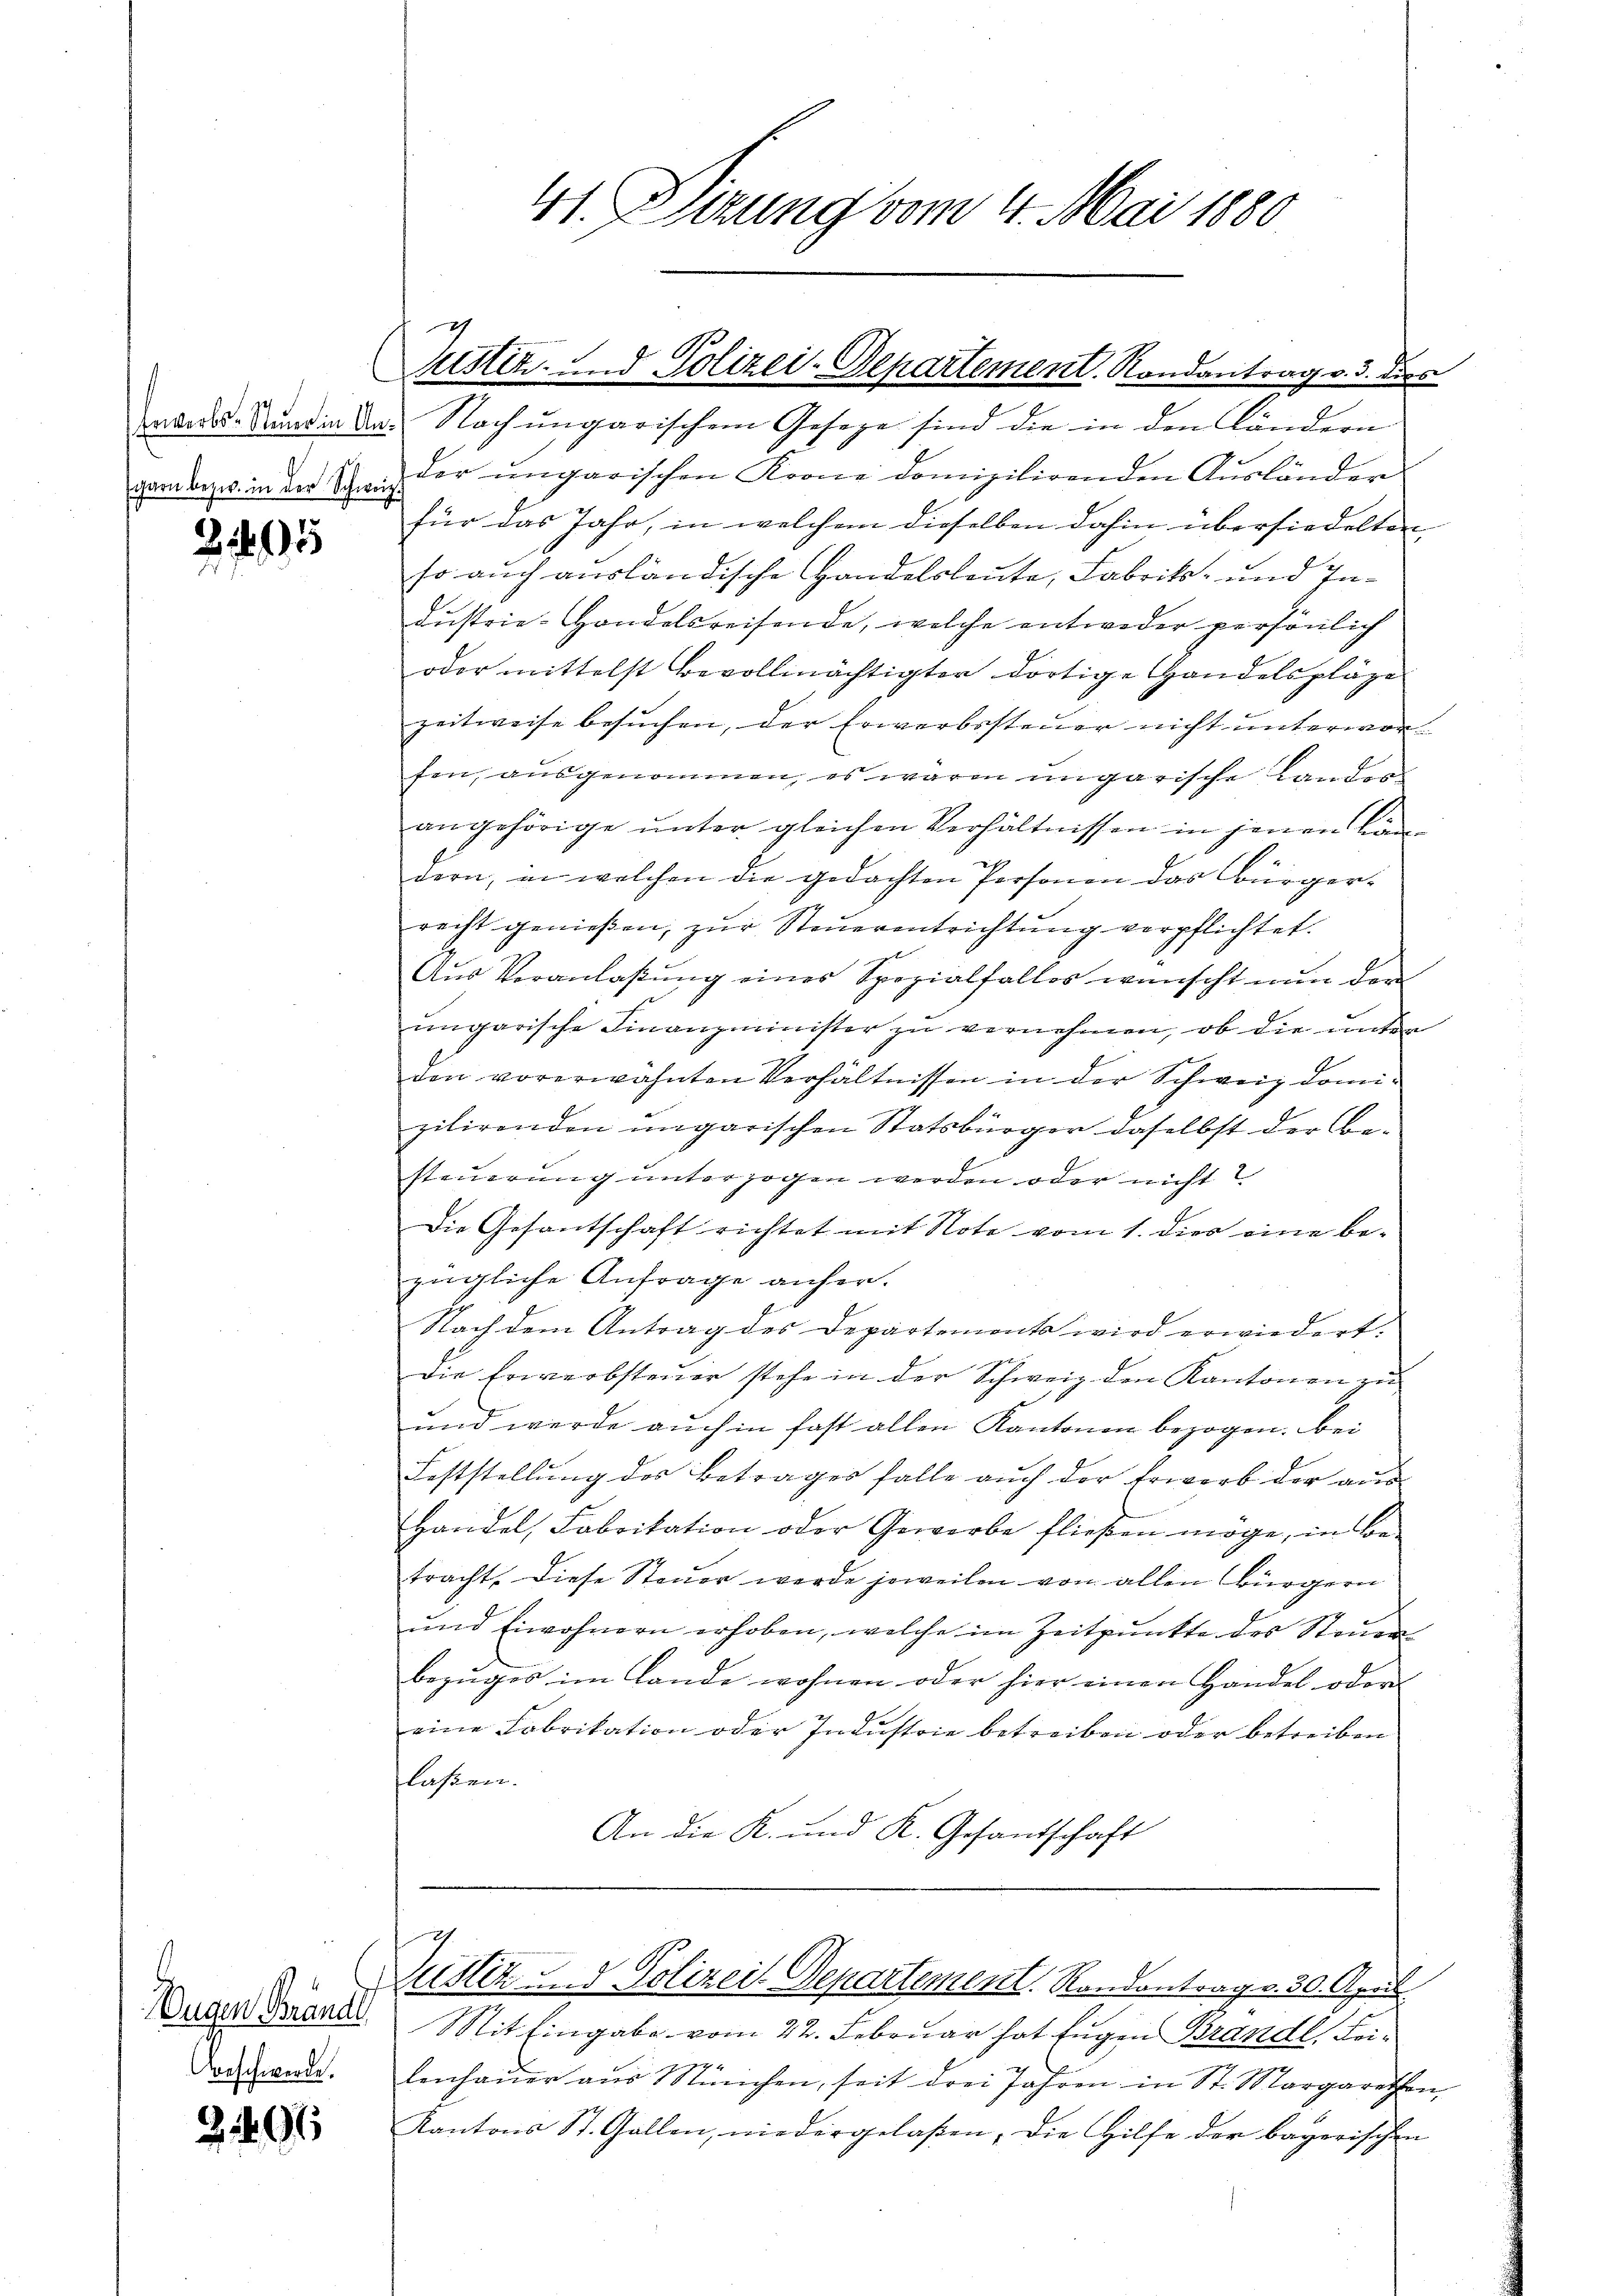
25

Eugen Brandl
Abeschwerde.

2496

rad. Bund in da. Nach ungarischen Geseze sind die in den ländern
garn bezw. in der Schweiz der ungarischen Krone domizilirenden Aŭsländer
für das Jahr, in welchem dieselben dahin übersiedelten
so auch ausländische Handelsleute, Fabrik- und Industrie-Handelsreisende, welche entweder persönlich
oder mittelst Bevollmächtigter dortige Handelspläge
zeitweise besuchen, der Erwerbssteuer nicht unterworfen, ausgenommen, es waren ungarische Landes
angehörige unter gleichen Verhältnissen in jenen Ländern, in welchen die gedachten Personen das Bürger-
recht genießen, zur Steuerentrichtung verpflichtet.
Aus Veranlaßung eines Spezialfalles wünscht nun der
ungarische Finanzminister zu vernehmen, ob die unter
den vorerwähnten Verhältnissen in der Schweiz domizilirenden ungarischen Statsbürger daselbst der Besteuerung unterzogen werden oder nicht
Die Gesantschaft richtet mit Note vom 1. dies eine be-
zügliche Anfrage anher.
Nach dem Antrag des Departements wird erwiedert.
Die Erwerbsteuer stehe in der Schweiz den Kantonen zu
und werde auch in fast allen Kantonen bezogen. Bei
Feststellung des Betrages falle auch der Erwerb der aus
Handel, Fabrikation oder Gewerbe fließen möge, in Betracht. Diese Steuer werde jeweilen von allen Bürgern
und Eiwohnern erhoben, welche im Zeitpunkte des Steuer
bezuges im Lande wohnen oder hier einen Handel oder |
eine Fabrikation oder Industrie betreiben oder betreiben
laßen.
An die K. und K. Gesandschaft

41. Sizung vom 4. Mai 1880

2
Justiz- und Polizei-Departement. Rondantrag v. 3. dies

Zustiz- & Polizei-Departement. Randantrag v. 30. April

it Eingabe vom 22. Februar hat Eugen Brandl, Leilenhaŭer aŭs München, seit drei Jahren in St. Margarethen
Kantons St. Gallen, niedergelaßen, die Hilfe der bayerischen